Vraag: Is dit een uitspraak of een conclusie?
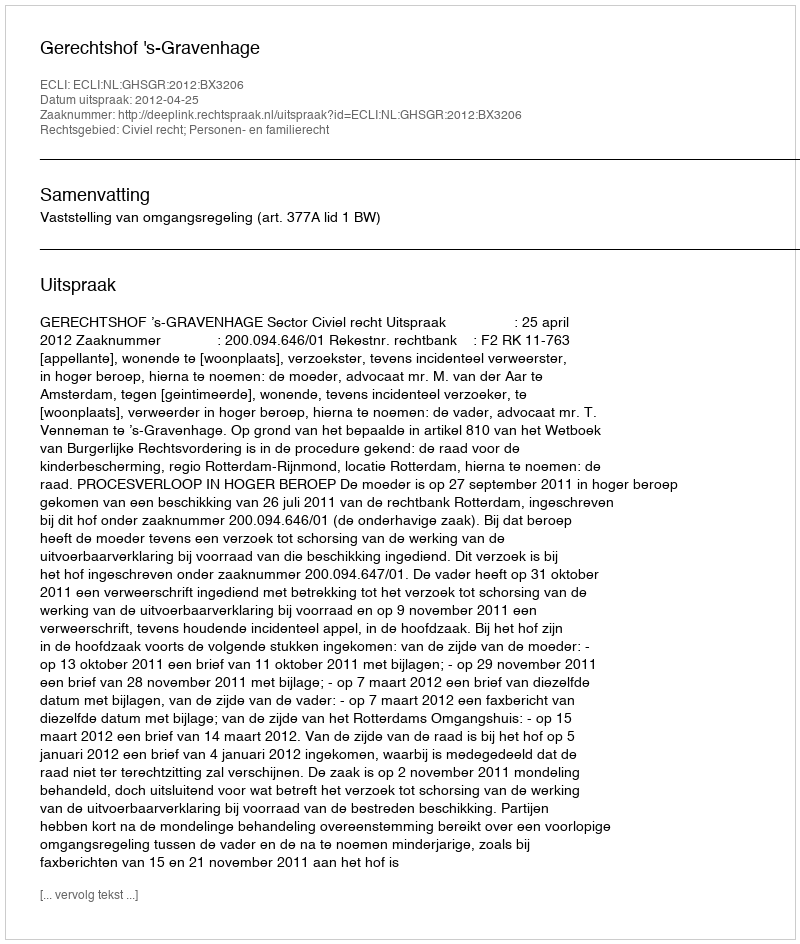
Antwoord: Uitspraak